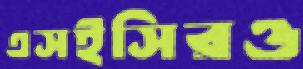
এসইসিরও